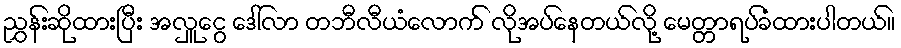
ညွှန်းဆိုထားပြီး အလှူငွေ ဒေါ်လာ တဘီလီယံလောက် လိုအပ်နေတယ်လို့ မေတ္တာရပ်ခံထားပါတယ်။